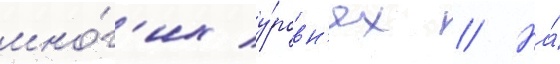
мно́г'их у́ровн'ях // На́